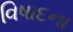
વિષાદના